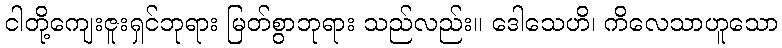
ငါတို့ကျေးဇူးရှင်ဘုရား မြတ်စွာဘုရား သည်လည်း။ ဒေါသေဟိ၊ ကိလေသာဟူသော